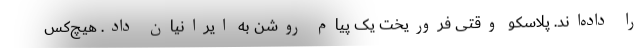
را داده‌اند. پلاسکو وقتی فروریخت یک پیام روشن به ایرانیان داد. هیچ‌کس